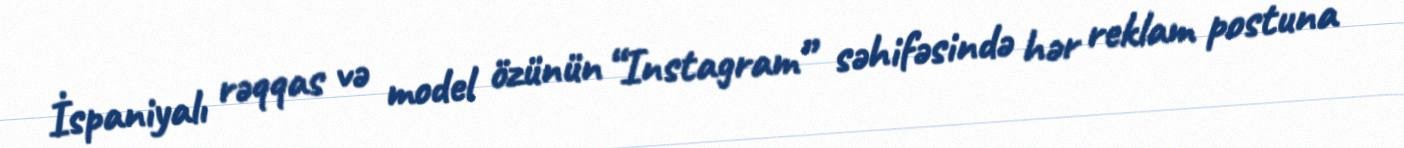
İspaniyalı rəqqas və model özünün “Instagram” səhifəsində hər reklam postuna